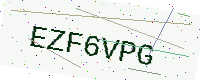
Text: EZF6VPG